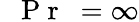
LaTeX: \mathrm{~\textit~{~P~r~}~}=\infty